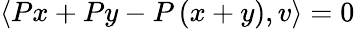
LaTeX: \langle Px+Py-P\left(x+y\right),v\rangle=0